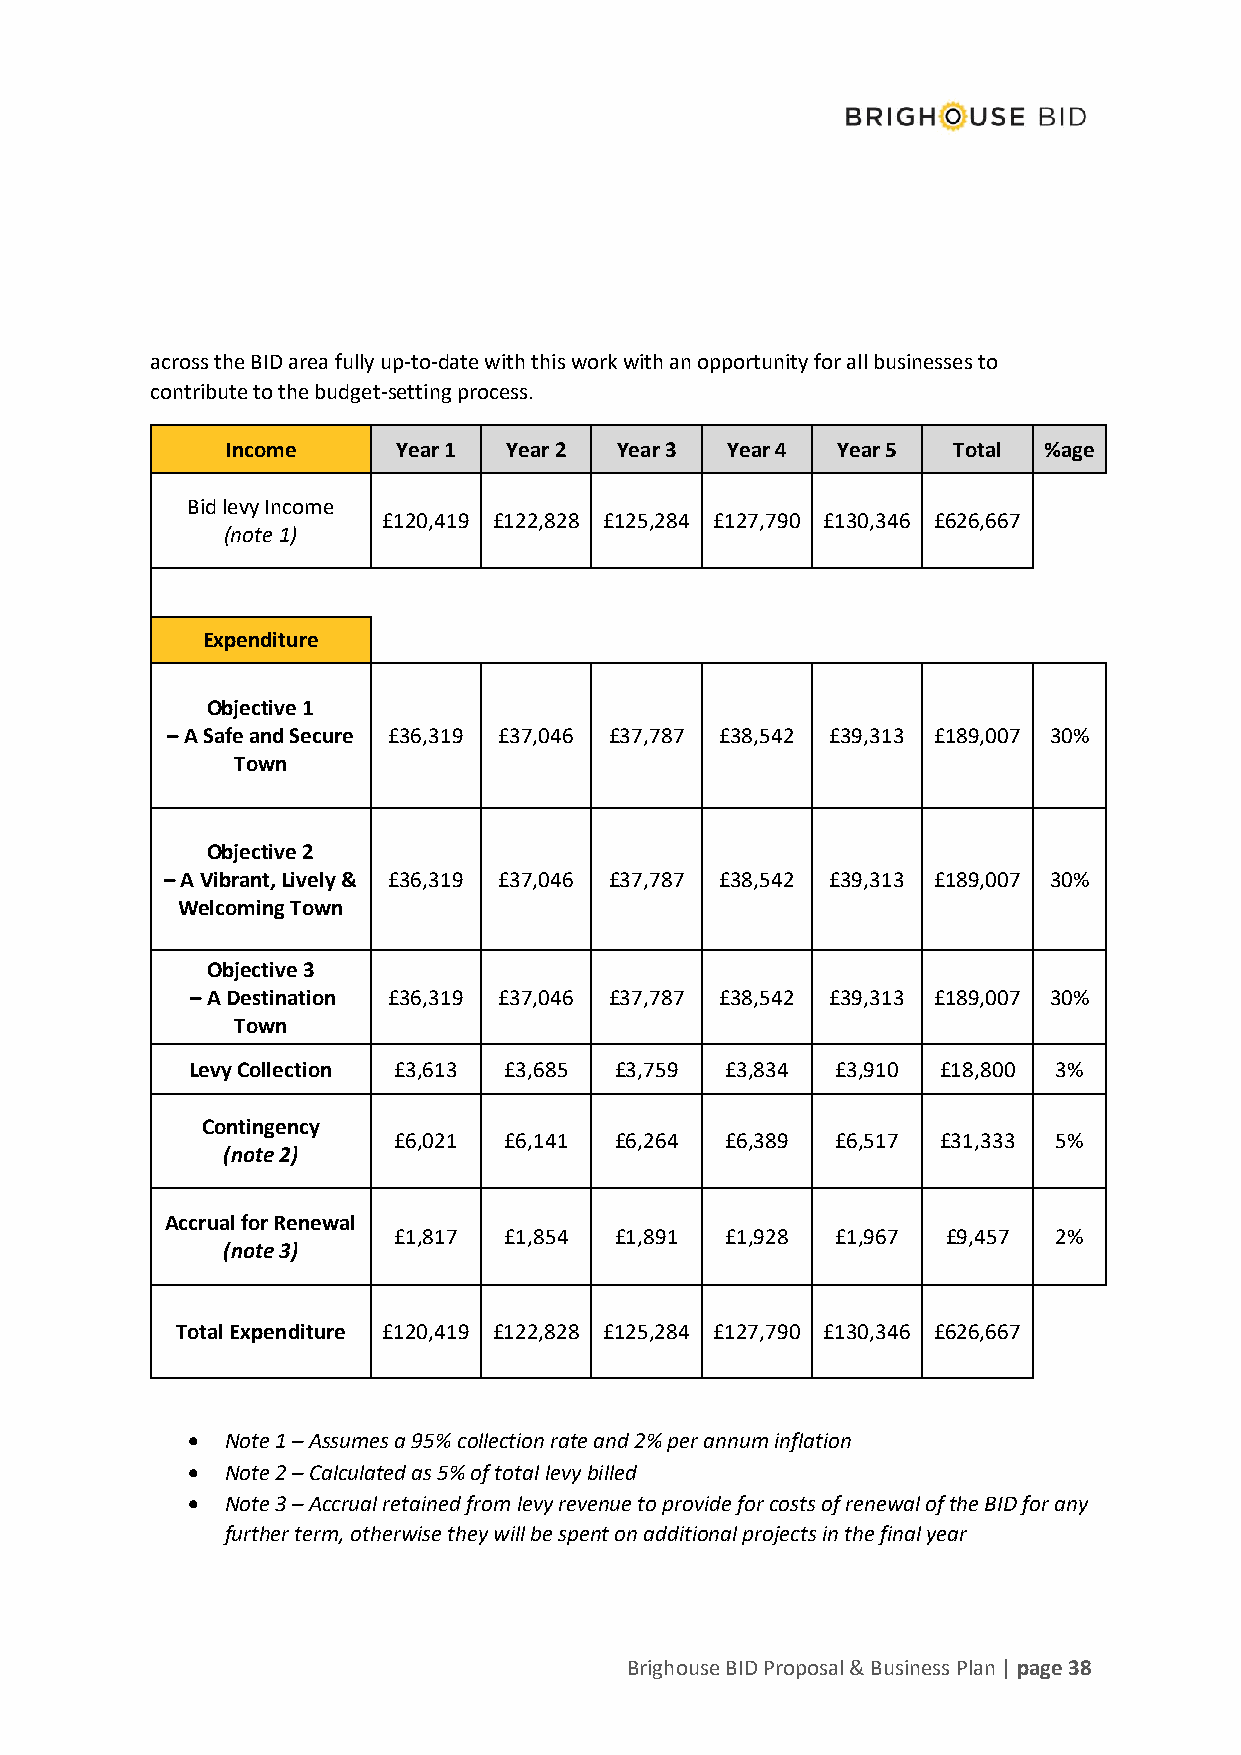
across the BID area fully up-to-date with this work with an opportunity for all businesses to
 contribute to the budget-setting process.
 Income     Year 1  Year 2 Year 3 Year 4 Year 5  Total %age
 Bid levy Income
 £120,419 £122,828 £125,284 £127,790 £130,346 £626,667
 (note 1)
 Expenditure
 Objective 1
 – A Safe and Secure £36,319 £37,046 £37,787 £38,542 £39,313 £189,007 30%
 Town
 Objective 2
 – A Vibrant, Lively & £36,319 £37,046 £37,787 £38,542 £39,313 £189,007 30%
 Welcoming Town
 Objective 3
 – A Destination £36,319 £37,046 £37,787 £38,542 £39,313 £189,007 30%
 Town
 Levy Collection £3,613 £3,685 £3,759 £3,834 £3,910 £18,800 3%
 Contingency
 £6,021 £6,141  £6,264 £6,389 £6,517 £31,333 5%
 (note 2)
 Accrual for Renewal
 £1,817 £1,854  £1,891 £1,928 £1,967  £9,457 2%
 (note 3)
 Total Expenditure £120,419 £122,828 £125,284 £127,790 £130,346 £626,667
 •  Note 1 – Assumes a 95% collection rate and 2% per annum inflation
 •  Note 2 – Calculated as 5% of total levy billed
 •  Note 3 – Accrual retained from levy revenue to provide for costs of renewal of the BID for any
 further term, otherwise they will be spent on additional projects in the final year
 Brighouse BID Proposal & Business Plan | page 38